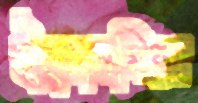
ইকোনমিক্স